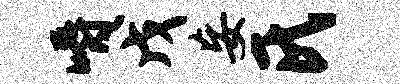
嚼戊妄氏